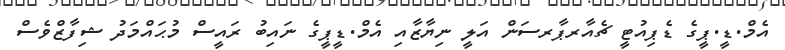
އެމް.ޑީ.ޕީގެ ޑެޕިއުޓީ ޗެއާރޕާރސަން އަލީ ނިޔާޒާއި އެމް.ޑީޕީގެ ނައިބު ރައީސް މުޙައްމަދު ޝިފާޒްވެސް